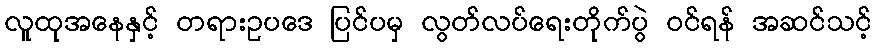
လူထုအနေနှင့် တရားဥပဒေ ပြင်ပမှ လွတ်လပ်ရေးတိုက်ပွဲ ဝင်ရန် အဆင်သင့်